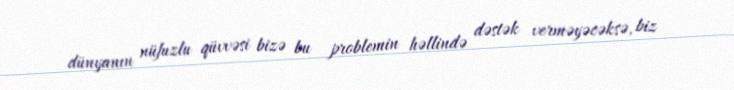
dünyanın nüfuzlu qüvvəsi bizə bu problemin həllində dəstək verməyəcəksə, biz